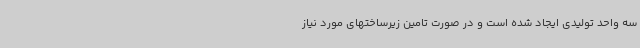
سه واحد تولیدی ایجاد شده است و در صورت تامین زیرساختهای مورد نیاز